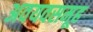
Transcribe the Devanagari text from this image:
अवयवसमूह